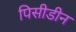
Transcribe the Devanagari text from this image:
पिसीडीन